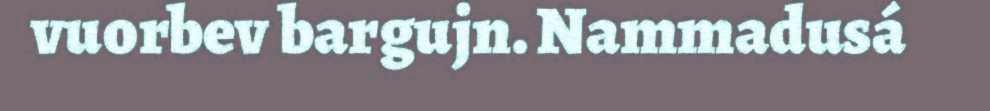
vuorbev bargujn. Nammadusá